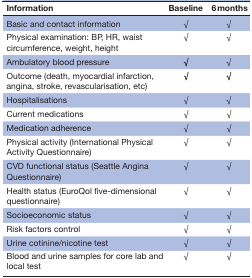
<table><thead><tr><td><b>Information</b></td><td><b>Baseline</b></td><td><b>6 months</b></td></tr></thead><tbody><tr><td>Basic and contact information</td><td>√</td><td>√</td></tr><tr><td>Physical examination: BP, HR, waist circumference, weight, height</td><td>√</td><td>√</td></tr><tr><td>Ambulatory blood pressure</td><td><b>√</b></td><td>√</td></tr><tr><td>Outcome (death, myocardial infarction, angina, stroke, revascularisation, etc)</td><td><b>√</b></td><td><b>√</b></td></tr><tr><td>Hospitalisations</td><td>√</td><td>√</td></tr><tr><td>Current medications</td><td>√</td><td>√</td></tr><tr><td>Medication adherence</td><td>√</td><td>√</td></tr><tr><td>Physical activity (International Physical Activity Questionnaire)</td><td>√</td><td>√</td></tr><tr><td>CVD functional status (Seattle Angina Questionnaire)</td><td>√</td><td>√</td></tr><tr><td>Health status (EuroQol five-dimensional questionnaire)</td><td>√</td><td>√</td></tr><tr><td>Socioeconomic status</td><td>√</td><td>√</td></tr><tr><td>Risk factors control</td><td>√</td><td>√</td></tr><tr><td>Urine cotinine/nicotine test</td><td>√</td><td>√</td></tr><tr><td>Blood and urine samples for core lab and local test</td><td>√</td><td>√</td></tr></tbody></table>